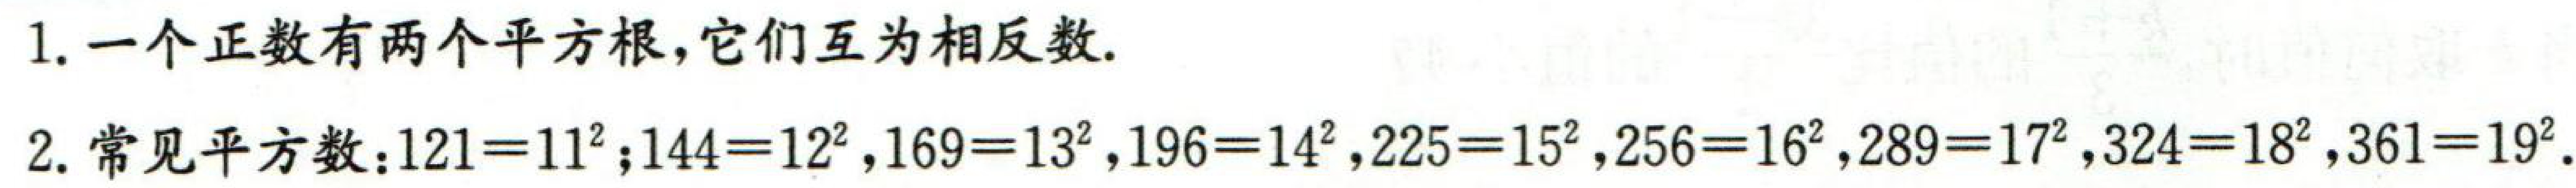
1. 一个正数有两个平方根, 它们互为相反数.
2. 常见平方数：\(121 = 11^{2}\); \(144 = 12^{2}\), \(169 = 13^{2}\), \(196 = 14^{2}\), \(225 = 15^{2}\), \(256 = 16^{2}\), \(289 = 17^{2}\), \(324 = 18^{2}\), \(361 = 19^{2}\).